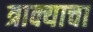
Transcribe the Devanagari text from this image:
त्राक्याचा